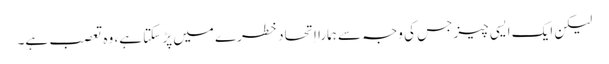
‏ لیکن ایک ایسی چیز جس کی وجہ سے ہمارا اِتحاد خطرے میں پڑ سکتا ہے،‏ وہ تعصب ہے۔